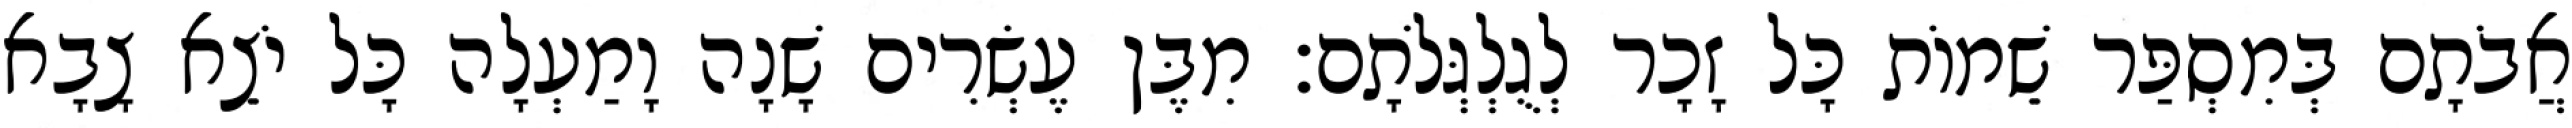
אֲבֹתָם בְּמִסְפַּר שֵׁמוֹת כָּל זָכָר לְגֻלְגְּלֹתָם׃ מִבֶּן עֶשְׂרִים שָׁנָה וָמַעְלָה כָּל יֹצֵא צָבָא